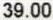
39.00